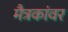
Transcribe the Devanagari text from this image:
मैत्रकांवर